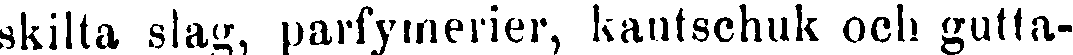
skilta slag, parfymerier, kautschuk och gutta-